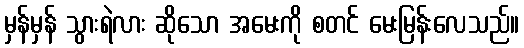
မှန်မှန် သွားရဲလား ဆိုသော အမေးကို စတင် မေးမြန်းလေသည်။